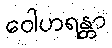
ဝေါဟရန္တာ